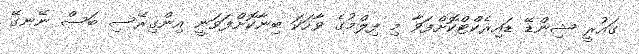
ގައުރީ ޝިންޑޭ ޑައިރެކްޓްކޮށްފަވާ މި ފިލްމުގެ ވާހަކަ ބިނާކޮށްފަވަނީ އިންގިރޭސި ބަސް ނޭނގޭ